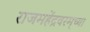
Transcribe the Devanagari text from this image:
राजमहेंद्रवरम्‌च्या